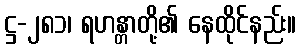
ဋ္ဌ-၂၈၁၊ ရဟန္တာတို့၏ နေထိုင်နည်း။